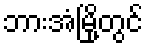
ဘားအံမြို့တွင်